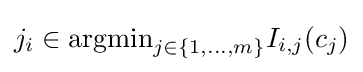
j_{i}\in \mathrm {argmin} _{j\in \{1,...,m\}}I_{i,j}(c_{j})